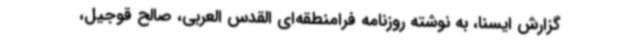
گزارش ایسنا، به نوشته روزنامه فرامنطقه‌ای القدس العربی، صالح قوجیل،